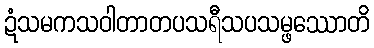
ဍံသမကသဝါတာတပသရီသပသမ္ဖဿောတိ